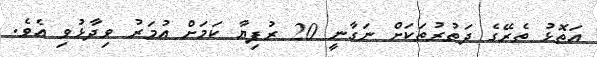
އަތޮޅު ތެރޭގެ ދަތުރުތަކަށް ނަގާނީ 20 ރުފިޔާ ކަމަށް އުމަރު ވިދާޅުވި އެވެ.